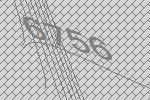
6756